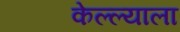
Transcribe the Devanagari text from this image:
केल्ल्याला